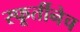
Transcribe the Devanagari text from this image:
स्फूर्तीनेच